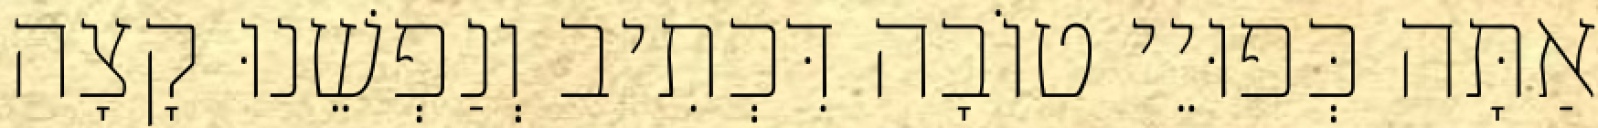
אַתָּה כְּפוּיֵי טוֹבָה דִּכְתִיב וְנַפְשֵׁנוּ קָצָה